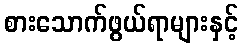
စားသောက်ဖွယ်ရာများနှင့်